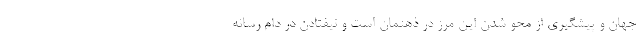
جهان و پیشگیری از محو شدن این مرز در ذهنمان است و نیفتادن در دام رسانه